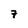
Character: 7